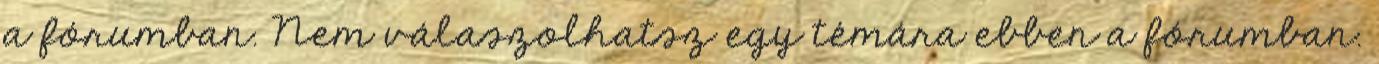
a fórumban. Nem válaszolhatsz egy témára ebben a fórumban.